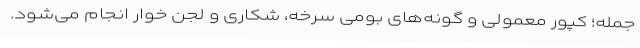
جمله؛ کپور معمولی و گونه‌های بومی سرخه، شکاری و لجن خوار انجام می‌شود.